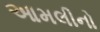
આમલીનો